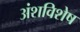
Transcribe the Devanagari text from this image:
अंशविशेष